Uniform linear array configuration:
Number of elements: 4
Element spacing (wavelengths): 0.25
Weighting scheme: kaiser
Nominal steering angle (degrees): -45
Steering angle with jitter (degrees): -43.313
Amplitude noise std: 0.05
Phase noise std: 0.05

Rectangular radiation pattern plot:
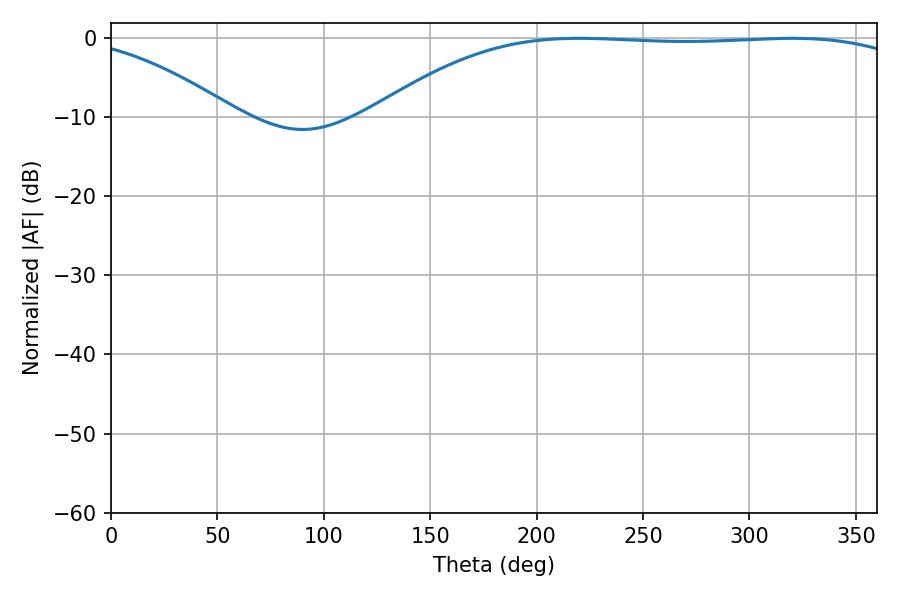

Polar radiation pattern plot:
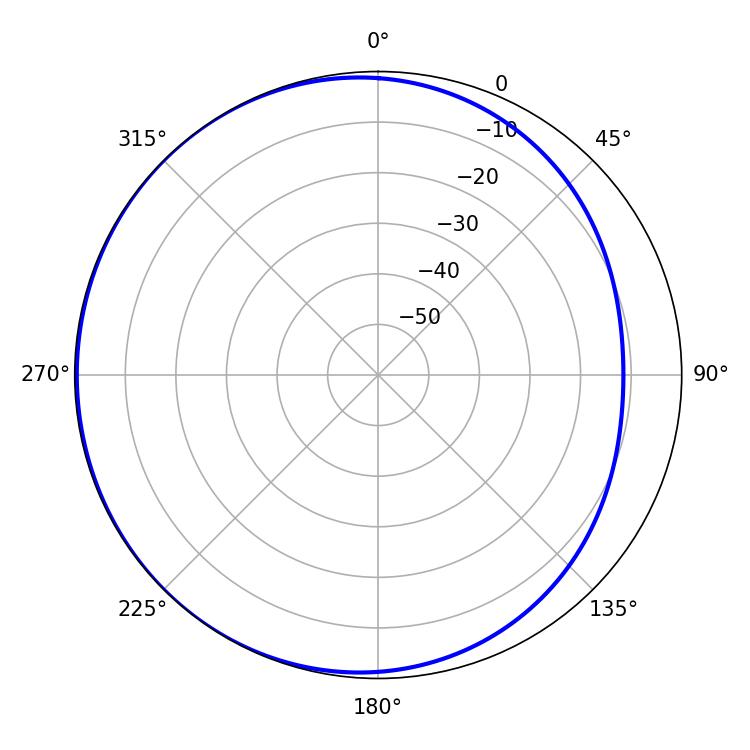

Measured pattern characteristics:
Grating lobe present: FALSE
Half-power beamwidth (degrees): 198.18
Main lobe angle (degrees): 220.14